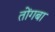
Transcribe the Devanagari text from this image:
तोंगबा